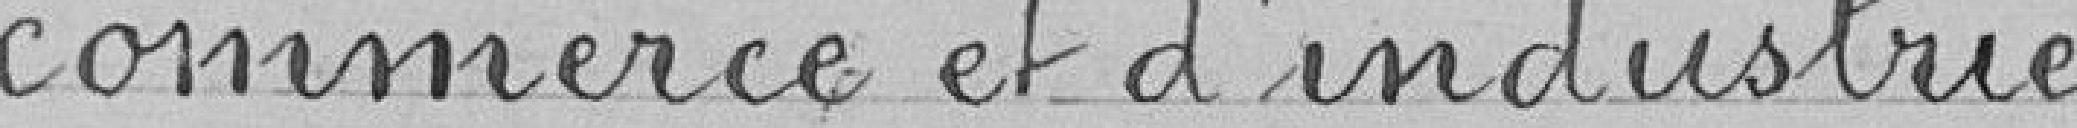
commerce et d'industrie